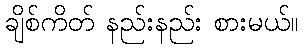
ချိစ်ကိတ် နည်းနည်း စားမယ်။